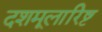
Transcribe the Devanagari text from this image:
दशमूलारिष्ट